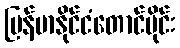
မြန်မာနိုင်ငံတောင်ပိုင်း